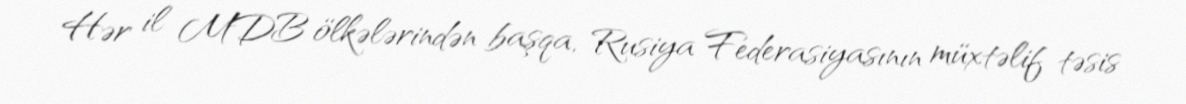
Hər il MDB ölkələrindən başqa, Rusiya Federasiyasının müxtəlif təsis